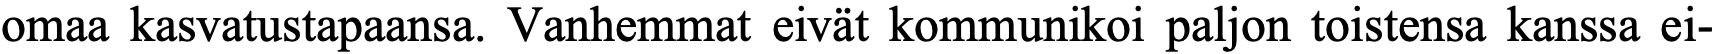
omaa kasvatustapaansa. Vanhemmat eivät kommunikoi paljon toistensa kanssa ei-